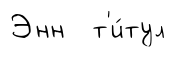
Энн т'и́тул